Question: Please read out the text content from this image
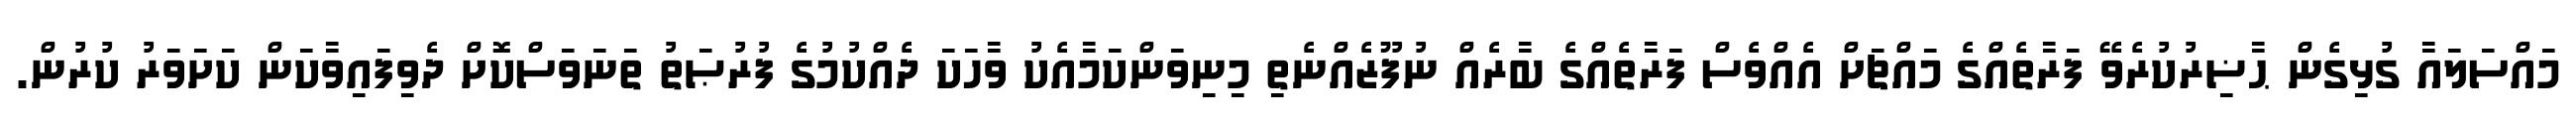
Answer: މައްސަލައާ ގުޅިގެން ޙާޟިރުކުރެވޭ ފަރާތެއްގެ މައްޗަށް އެއްވެސް ފަރާތެއްގެ ބާރެއް ނުފޫޒެއްނެތި މިނިވަންކަމާއެކު ވާހަކަ ދެއްކުމުގެ ފުރުޞަތު ތަނަވަސްކޮށް ދެވިފައިވާކަން ކަށަވަރު ކުރުން.